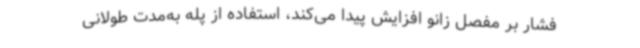
فشار بر مفصل زانو افزایش پیدا می‌کند، استفاده از پله به‌مدت طولانی